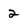
Character: 2